Senior Leaving Certificate Examination (including Day School Certificate (Higher) General paper), 1947
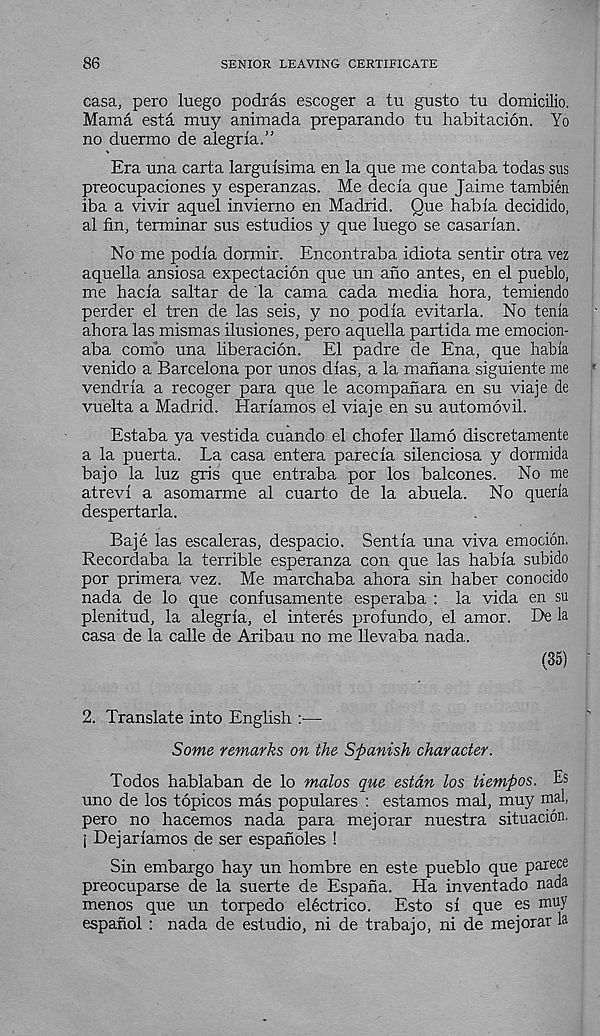
86
SENIOR LEAVING CERTIFICATE
casa, pero luego podras escoger a tu gusto tu domicilio.
Mama esta muy animada preparando tu habitacion. Yo
no duermo de alegria.”
Era una carta larguisima en la que me contaba todas sus
preocupaciones y esperanzas. Me decia que Jaime tambien
iba a vivir aquel invierno en Madrid. Que habia decidido,
al fin, terminar sus estudios y que luego se casarian.
No me podia dormir. Encontraba idiota sentir otra vez
aquella. ansiosa expectacion que un ano antes, en el pueblo,
me hacia saltar de la cama cada media bora, temiendo
perder el tren de las seis, y no podia evitarla. No tenia
ahora las mismas ilusiones, pero aquella partida me emocion-
aba comb una liberacion. El padre de Ena, que habia
venido a Barcelona por unos dias, a la manana siguiente me
vendria a recoger para que le acompanara en su viaje de
vuelta a Madrid. Hariamos el viaje en su automovil.
Estaba ya vestida cuando el chofer llamo discretamente
a la puerta. La casa entera parecia silenciosa y dormida
bajo la luz gris que entraba por los balcones. No me
atrevi a asomarme al cuarto de la abuela. No queria
despertarla.
Baje las escaleras, despacio. Sentia una viva emocion.
Recordaba la terrible esperanza con que las habia subido
por primera vez. Me marchaba ahora sin haber conocido
nada de lo que confusamente esperaba : la vida en su
plenitud, la alegria, el interes prof undo, el amor. De la
casa de la calle de Aribau no me llevaba nada.
(35)
2. Translate into English :—
Some remarks on the Spanish character.
Todos hablaban de lo malos que estdn los tiempos. Es
uno de los topicos mas populares : estamos mal, muy mal,
pero no hacemos nada para mejorar nuestra situacion.
j Dejariamos de ser espanoles !
Sin embargo hay un hombre en este pueblo que parece
preocuparse de la suerte de Espana. Ha inventado nada
menos que un torpedo electrico. Esto si que es muy
espanol : nada de estudio, ni de trabajo, ni de mejorar la